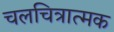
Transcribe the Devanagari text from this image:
चलचित्रात्मक